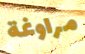
مراوغة